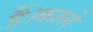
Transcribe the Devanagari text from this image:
हैं।काले